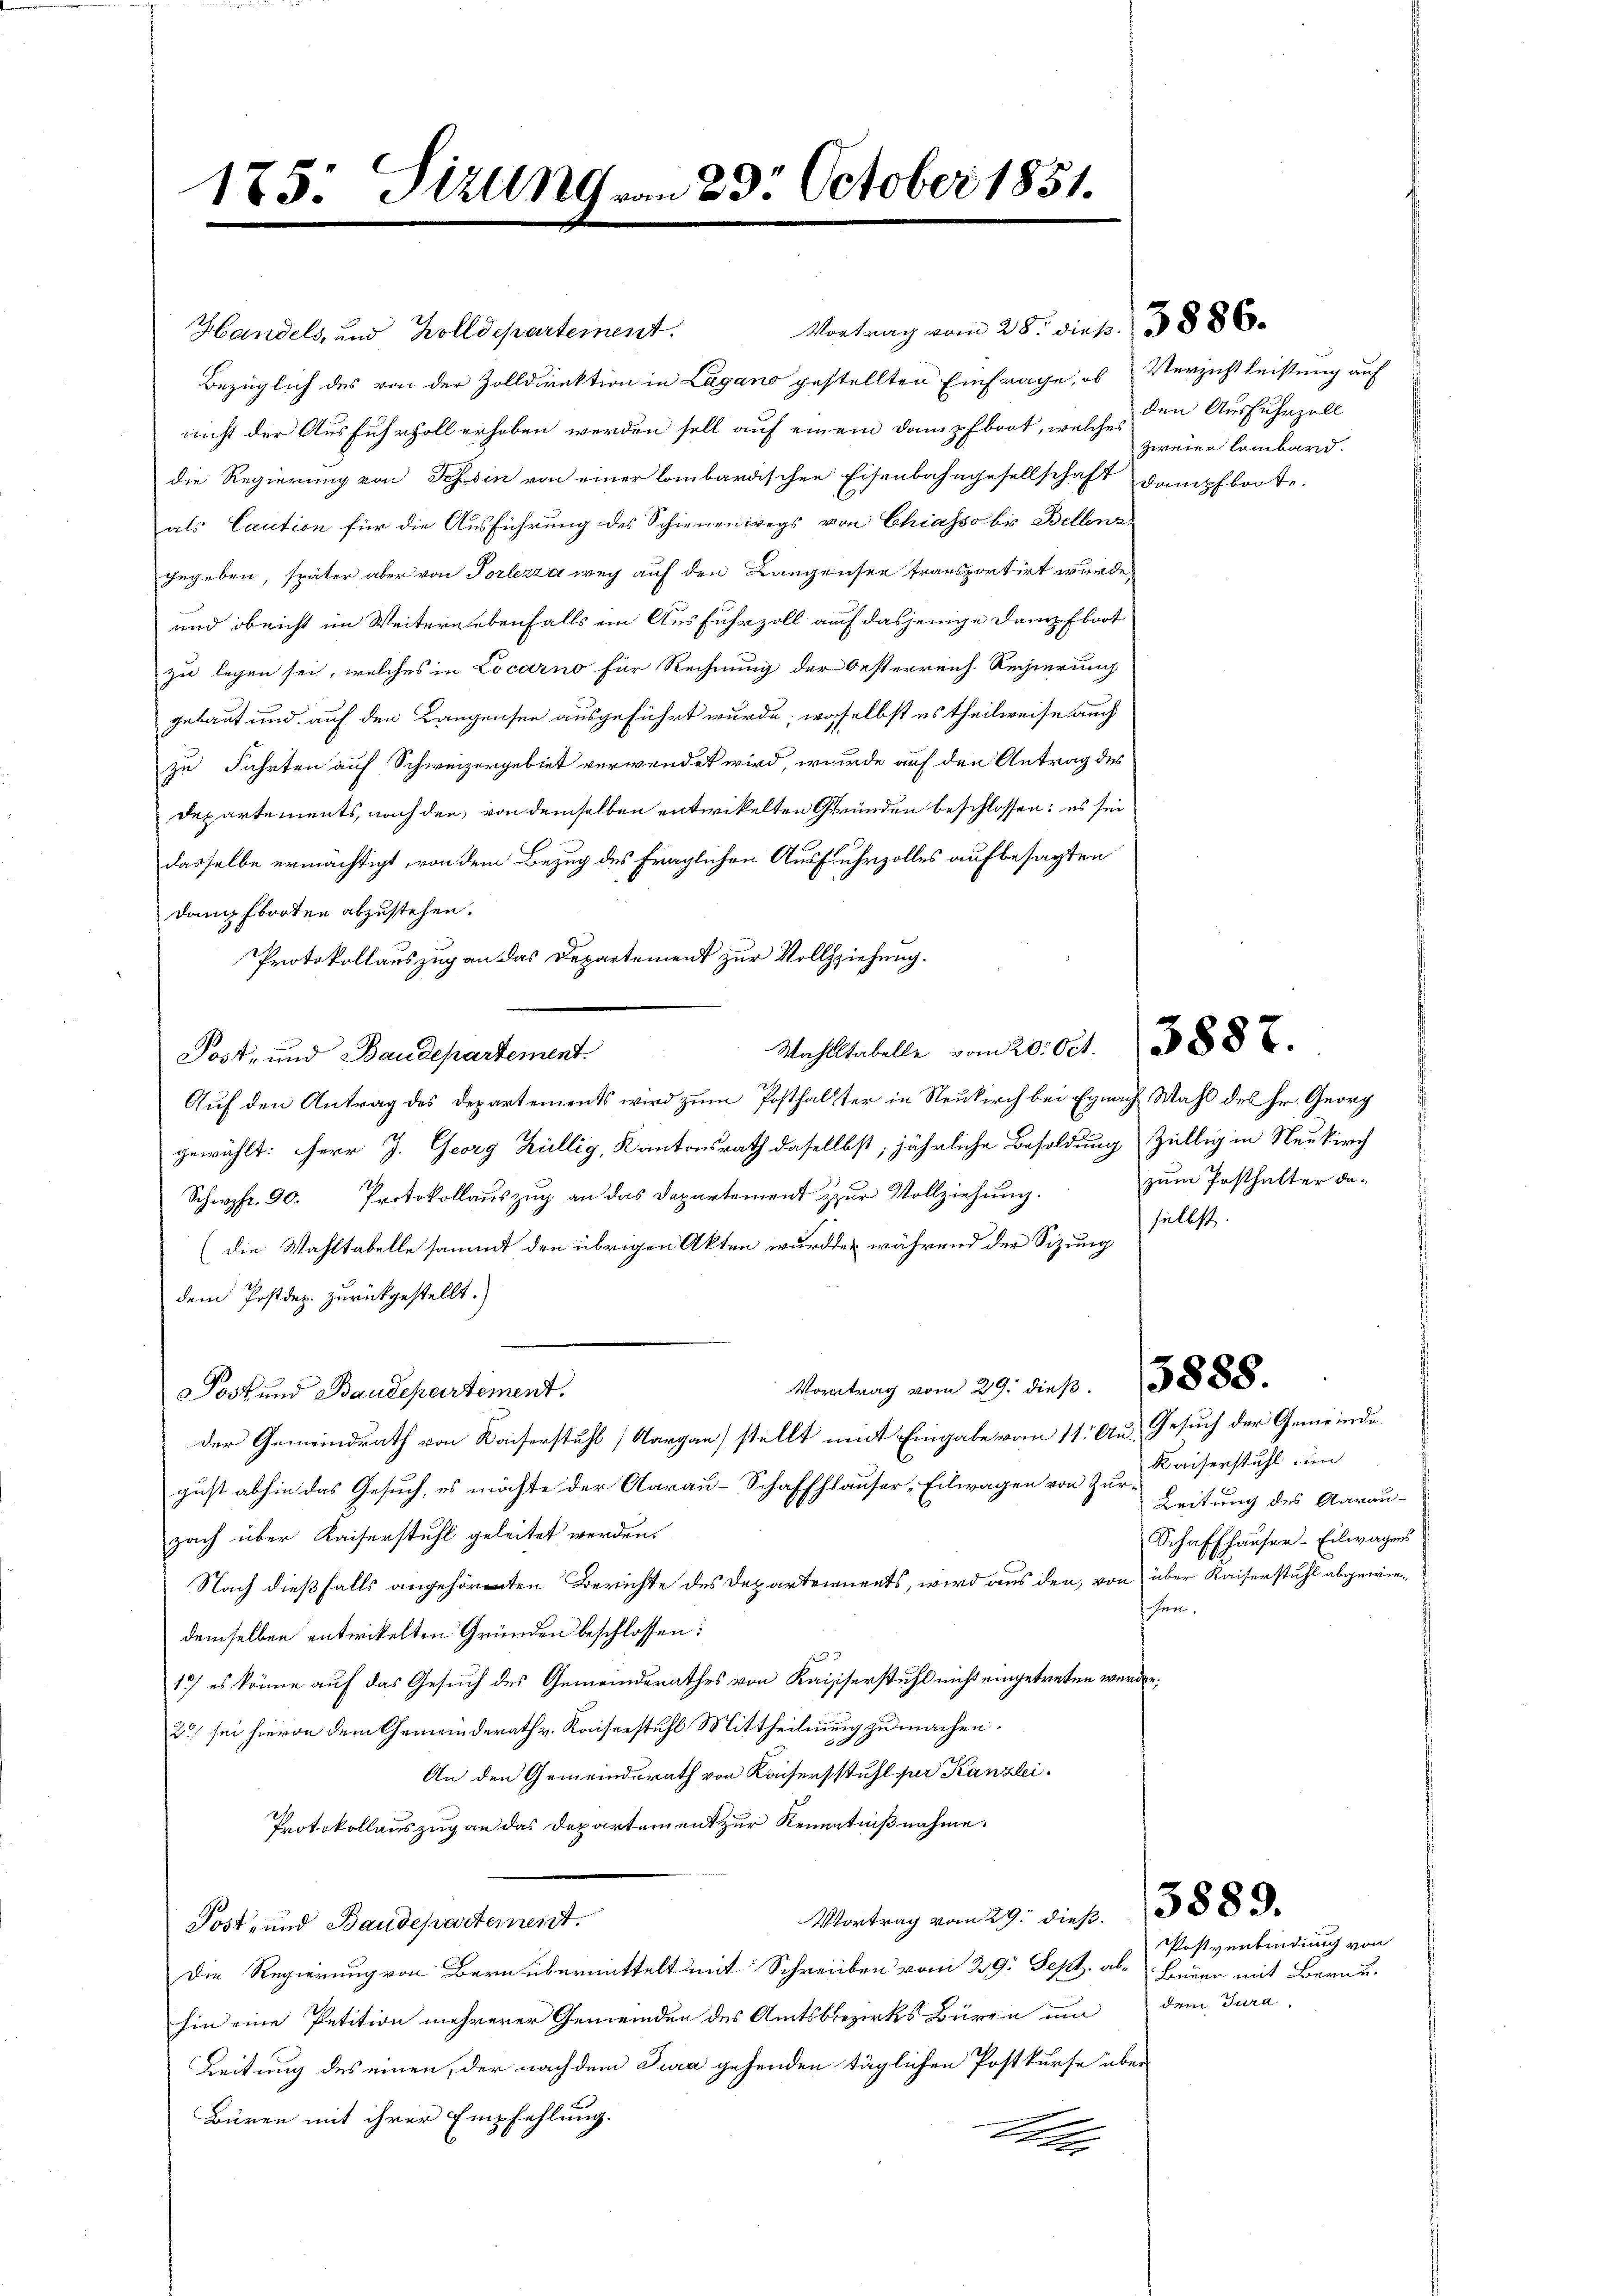
175: Sizung von 23. October 1851.

Handels, und Zolldepartement.
Bezüglich des von der Zolldirektion in Lagano gestellten Einfrage, ob Verzicht leistung auf
nicht der Ausfuhrzoll erhoben werden soll auf einem Dampfboot, welches den Ausfuhrzoll
die Regierung von Reisin von einer lombardischen Eisenbahngesellschaft dampfboote.
als Caution für die Ausführung des Schienenwegs von Chiasso bis Bellenz
gegeben, später aber von Porlezza weg auf den Langensee transportirt wurde
und obricht im Weitern ebenfalls ein Ausfuhrzoll auf dasjenige Dampfboot
zu legen sei, welches in Locarno für Rechnung der Oesterreich. Regierung
gebaut und auf den Langensee ausgeführt wurde, woselbst es theilweise auch
zu Fahrten auf Schweizergebiet verwendet wird, wurde auf den Antrag des
Departements, nach den, von demselben entwickelten Gründen beschlossen: es sei
dasselbe ermächtigt, von dem Bezug des fraglichen Ausfuhrzolles aufbesagten
danfbooten abzustehen.
Protokollauszug an das Departement zur Vollziehung.
Post- und Baudepartement.
Auf den Antrag des Departements wird zum Posthalter in Neukirch bei Egnach Wahl des Hr. Georg
gewählt: Herr J. Georg Küllig, Kantonsrath dasellbst, jährliche Besoldung zillig in Neukirch
Schpfr. 90. Protokollauszug an das Departement zur Vollziehung.
(die Wahltabelle sammt den übrigen Akten wurde, während der Sizung selbst.
dem Postdep. zurückgestellt.)
Montrag vom 29. dieβ.    3888.
Post und Baudepartement.
der Gemeindrath von Kaiserstuhl (Aargau) stellt mit Eingabe vom 11. Aus Gesuch der Gemeindegust abhin das Gesuch, es möchte der Aarau-Schaffhauser, Eilwagen von Zur Kaiserstuhl um
zach über Kaiserstuhl geleitet werden.
Nach dießfalls angehörenten Berichte des Departeinents, wird aus den von über Kaiserstuhl abgewie¬
.
demselben entwickelten Gründen beschlossen:
1) es könne auf das Gesuch des Gemeinderathes von Kaisserstuhl nicht eingetreten werden.
2) sei hievon dem Gemeinderath v. Kaiserstuhl Mittheilung zu machen.
An den Gemeindsrath von Kaisersstuhl per Kanzlei.
Protokollauszug an das Departement zur Kenntnißnahme.
Vortrag vom 29. dieß. 1388.
Post- und Baudepartement.
Die Regierung von Bern übermittelt mit Schreiben vom 29. Sept. ab- Benen mit Berne-
hin eine Petition mehrerer Gemeinden des Amtsbezirks Büren um dem Tura-
Leitung des einen, der nach dem Jura gehenden täglichen Postkurse über
Büren mit ihrer Empfehlung.
d

Vortrag vom 28. Dieb. / 3886.

Wahlstabelle vom 20. Oct. 1888.

zweier Lombard.

zum Posthalter da¬

Leitung des Aarau-
Schaffhauser-Eilwagens

Postverbindung von